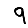
Digit: 9